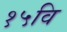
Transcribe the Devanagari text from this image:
१५वि